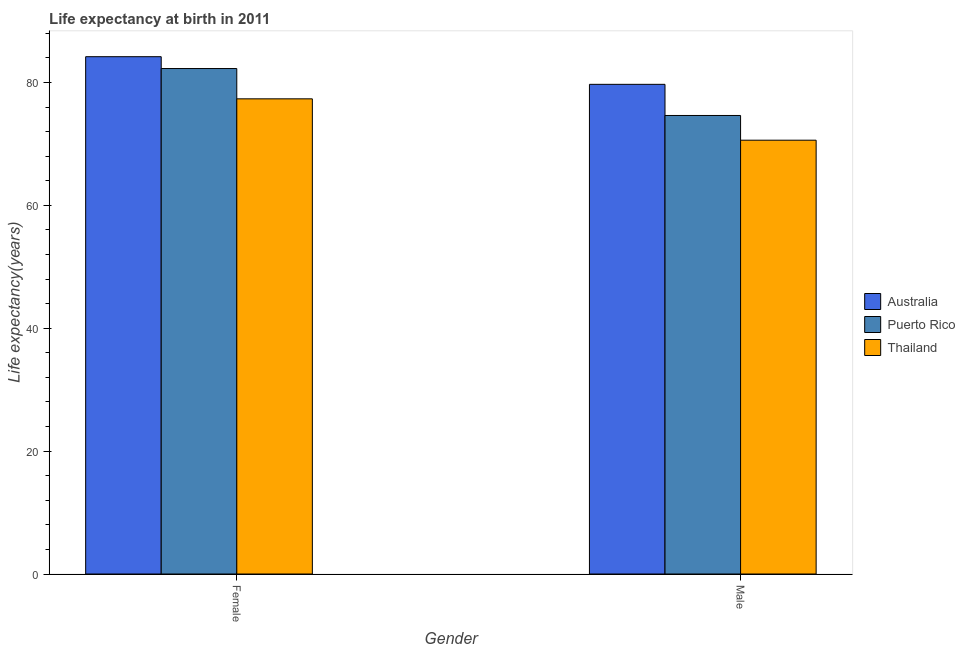
| Gender | Australia | Puerto Rico | Thailand |
 | --- | --- | --- | --- |
 | Female | 84.2 | 82.3 | 77.3 |
 | Male | 79.7 | 74.6 | 70.6 |